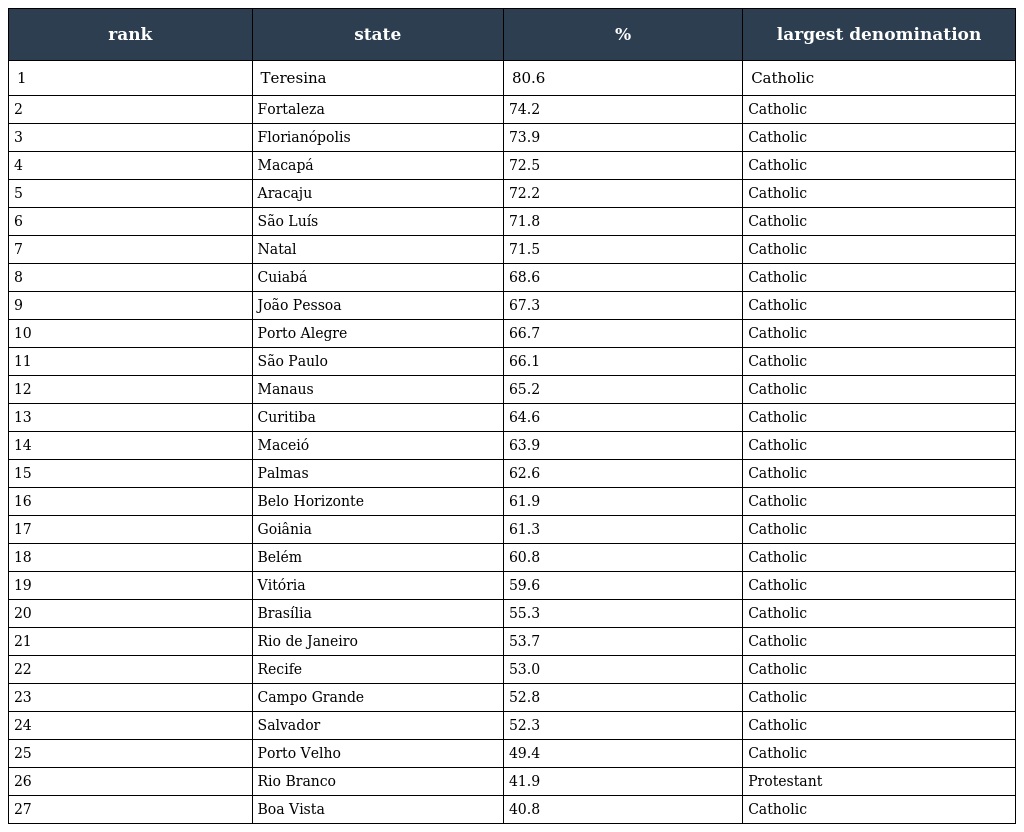
| rank | state | % | largest denomination |
 | --- | --- | --- | --- |
 | 1 | Teresina | 80.6 | Catholic |
 | 2 | Fortaleza | 74.2 | Catholic |
 | 3 | Florianópolis | 73.9 | Catholic |
 | 4 | Macapá | 72.5 | Catholic |
 | 5 | Aracaju | 72.2 | Catholic |
 | 6 | São Luís | 71.8 | Catholic |
 | 7 | Natal | 71.5 | Catholic |
 | 8 | Cuiabá | 68.6 | Catholic |
 | 9 | João Pessoa | 67.3 | Catholic |
 | 10 | Porto Alegre | 66.7 | Catholic |
 | 11 | São Paulo | 66.1 | Catholic |
 | 12 | Manaus | 65.2 | Catholic |
 | 13 | Curitiba | 64.6 | Catholic |
 | 14 | Maceió | 63.9 | Catholic |
 | 15 | Palmas | 62.6 | Catholic |
 | 16 | Belo Horizonte | 61.9 | Catholic |
 | 17 | Goiânia | 61.3 | Catholic |
 | 18 | Belém | 60.8 | Catholic |
 | 19 | Vitória | 59.6 | Catholic |
 | 20 | Brasília | 55.3 | Catholic |
 | 21 | Rio de Janeiro | 53.7 | Catholic |
 | 22 | Recife | 53.0 | Catholic |
 | 23 | Campo Grande | 52.8 | Catholic |
 | 24 | Salvador | 52.3 | Catholic |
 | 25 | Porto Velho | 49.4 | Catholic |
 | 26 | Rio Branco | 41.9 | Protestant |
 | 27 | Boa Vista | 40.8 | Catholic |